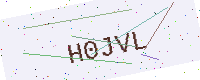
Text: H0JVL